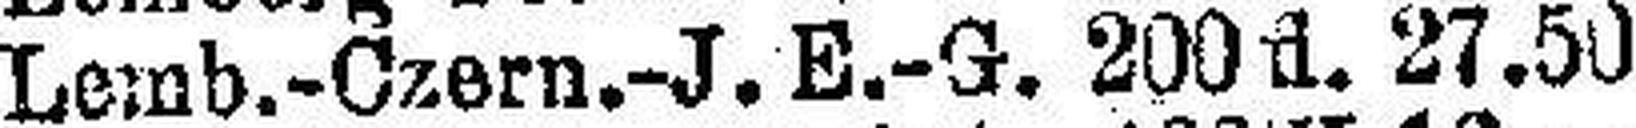
Lemb.-Czern.-J. E.-G. 200 fl. 27.50